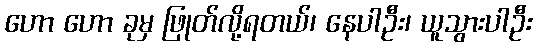
ဟော ဟော ခုမှ ဖြုတ်လို့ရတယ်၊ နေပါဦး၊ ယူသွားပါဦး